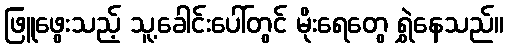
ဖြူဖွေးသည့် သူ့ခေါင်းပေါ်တွင် မိုးရေတွေ ရွှဲနေသည်။